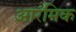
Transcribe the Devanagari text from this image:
आरंमिक